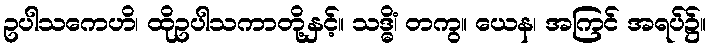
ဥပါသကေဟိ၊ ထိုဥပါသကာတို့နှင့်။ သဒ္ဓိံ၊ တကွ။ ယေန၊ အကြင် အရပ်၌။